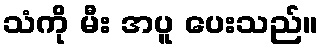
သံကို မီး အပူ ပေးသည်။